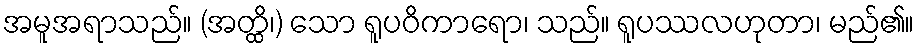
အမူအရာသည်။ (အတ္ထိ၊) သော ရူပဝိကာရော၊ သည်။ ရူပဿလဟုတာ၊ မည်၏။